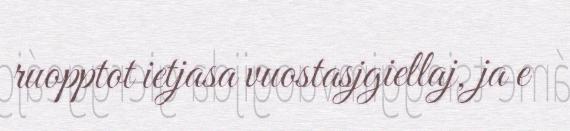
ruopptot ietjasa vuostasjgiellaj, ja e